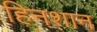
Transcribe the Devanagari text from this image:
हिनशान